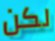
لكن